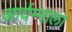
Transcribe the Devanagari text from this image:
आर्यम्माला